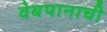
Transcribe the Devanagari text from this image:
वेबपानाची